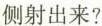
侧射出来?